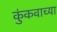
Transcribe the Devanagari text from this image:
कुंकवाच्या